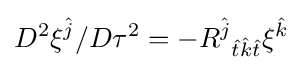
D^{2}\xi ^{\hat {j}}/D\tau ^{2}=-R^{\hat {j}}{}_{{\hat {t}}{\hat {k}}{\hat {t}}}\xi ^{\hat {k}}